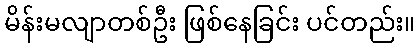
မိန်းမလျာတစ်ဦး ဖြစ်နေခြင်း ပင်တည်း။